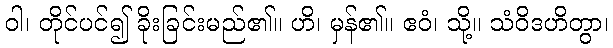
ဝါ၊ တိုင်ပင်၍ ခိုးခြင်းမည်၏။ ဟိ၊ မှန်၏။ ဧဝံ၊ သို့။ သံဝိဒဟိတွာ၊